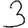
Digit: 3